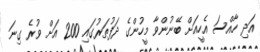
އަދި ހާއްސަ އެހީއަށް ބޭނުންވާ މީހުންގެ ދަފުތަރުގައި 200 އަށް ވުރެ ގިނަ